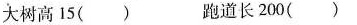
大树高15( ) 跑道长200( )